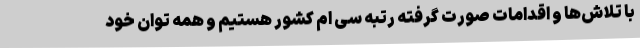
با تلاش‌ها و اقدامات صورت گرفته رتبه سی ام کشور هستیم و همه توان خود